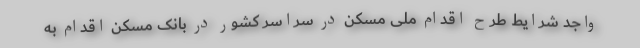
واجد شرایط طرح اقدام ملی مسکن در سراسر کشور در بانک مسکن اقدام به